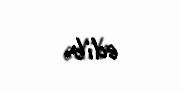
edib.